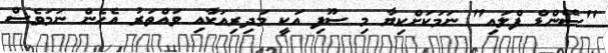
"ސޭންޑް ފްލައި" ނަމަކަށްކިޔާ މި ސޫފި އަކީ މަދިރިއަކާއި ވައްތަރު އެހެން ނަމަވެސް